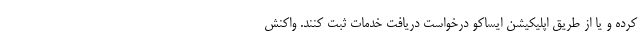
کرده و یا از طریق اپلیکیشن ایساکو درخواست دریافت خدمات ثبت کنند. واکنش